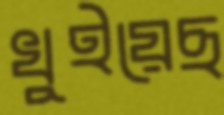
খুইয়েছ